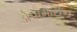
ડોપામાઈન